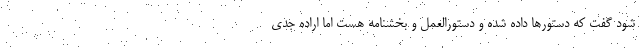
شود گفت که دستورها داده شده و دستورالعمل و بخشنامه هست اما اراده جدی